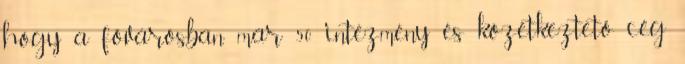
hogy a fővárosban már 50 intézmény és közétkeztető cég